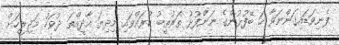
ފެނިވަޑައިގަންނަވާ ހަ ބޭފުޅުންގެ ނަންފުޅު ތަރުތީބު ކުރައްވައި މިދިޔަ އާދީއްތަ ދުވަހު މަޖިލީހަށް